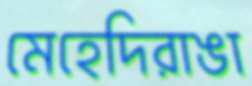
মেহেদিরাঙা